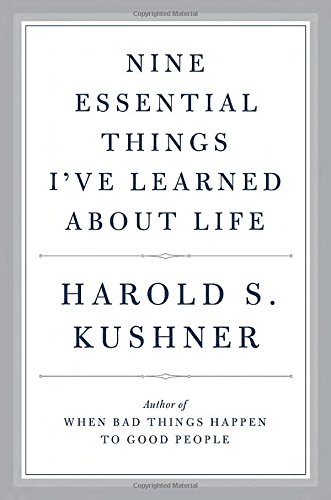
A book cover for Nine Essential Things I've Learned About Life; Harold S. Kushner; Biographies & Memoirs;